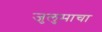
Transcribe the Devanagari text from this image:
जुलुमाचा